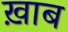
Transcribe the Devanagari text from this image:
ख़ाब